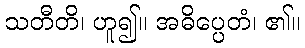
သတီတိ၊ ဟူ၍။ အဓိပ္ပေတံ၊ ၏။